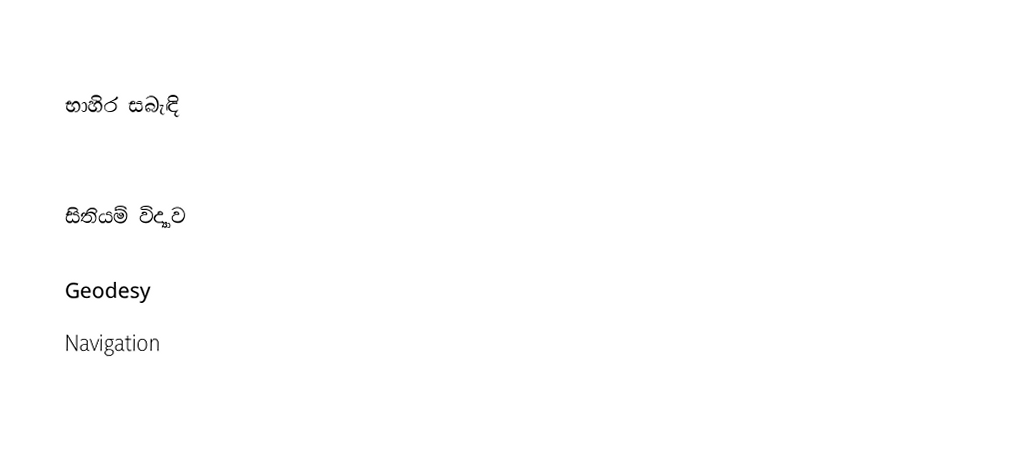

භාහිර සබැඳි

සිතියම් විද්‍යාව

Geodesy
Navigation